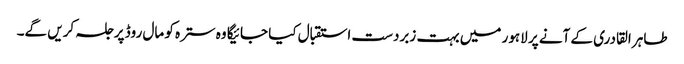
طاہر القادری کے آنے پر لاہور میں بہت زبردست استقبال کیا جائیگا وہ سترہ کو مال روڈ پر جلسہ کریں گے۔